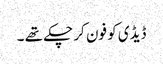
ڈیڈی کو فون کر چکے تھے ۔